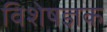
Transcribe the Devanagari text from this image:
विशेषज्ञक